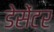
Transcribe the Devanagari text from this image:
डेसेंटर